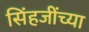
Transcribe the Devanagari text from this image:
सिंहजींच्या